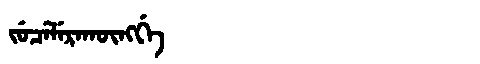
Manchu: ᠵᡠᠴᡝᠯᡝᡵᠠᡴᡡᠩᡤᡝ
Romanization: JUCELERAKŪNGGE